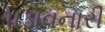
પડાવનારી